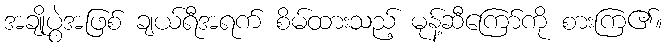
အချိုပွဲအဖြစ် ချယ်ရီအရက် စိမ်ထားသည့် မုန့်ဆီကြော်ကို စားကြ၏။